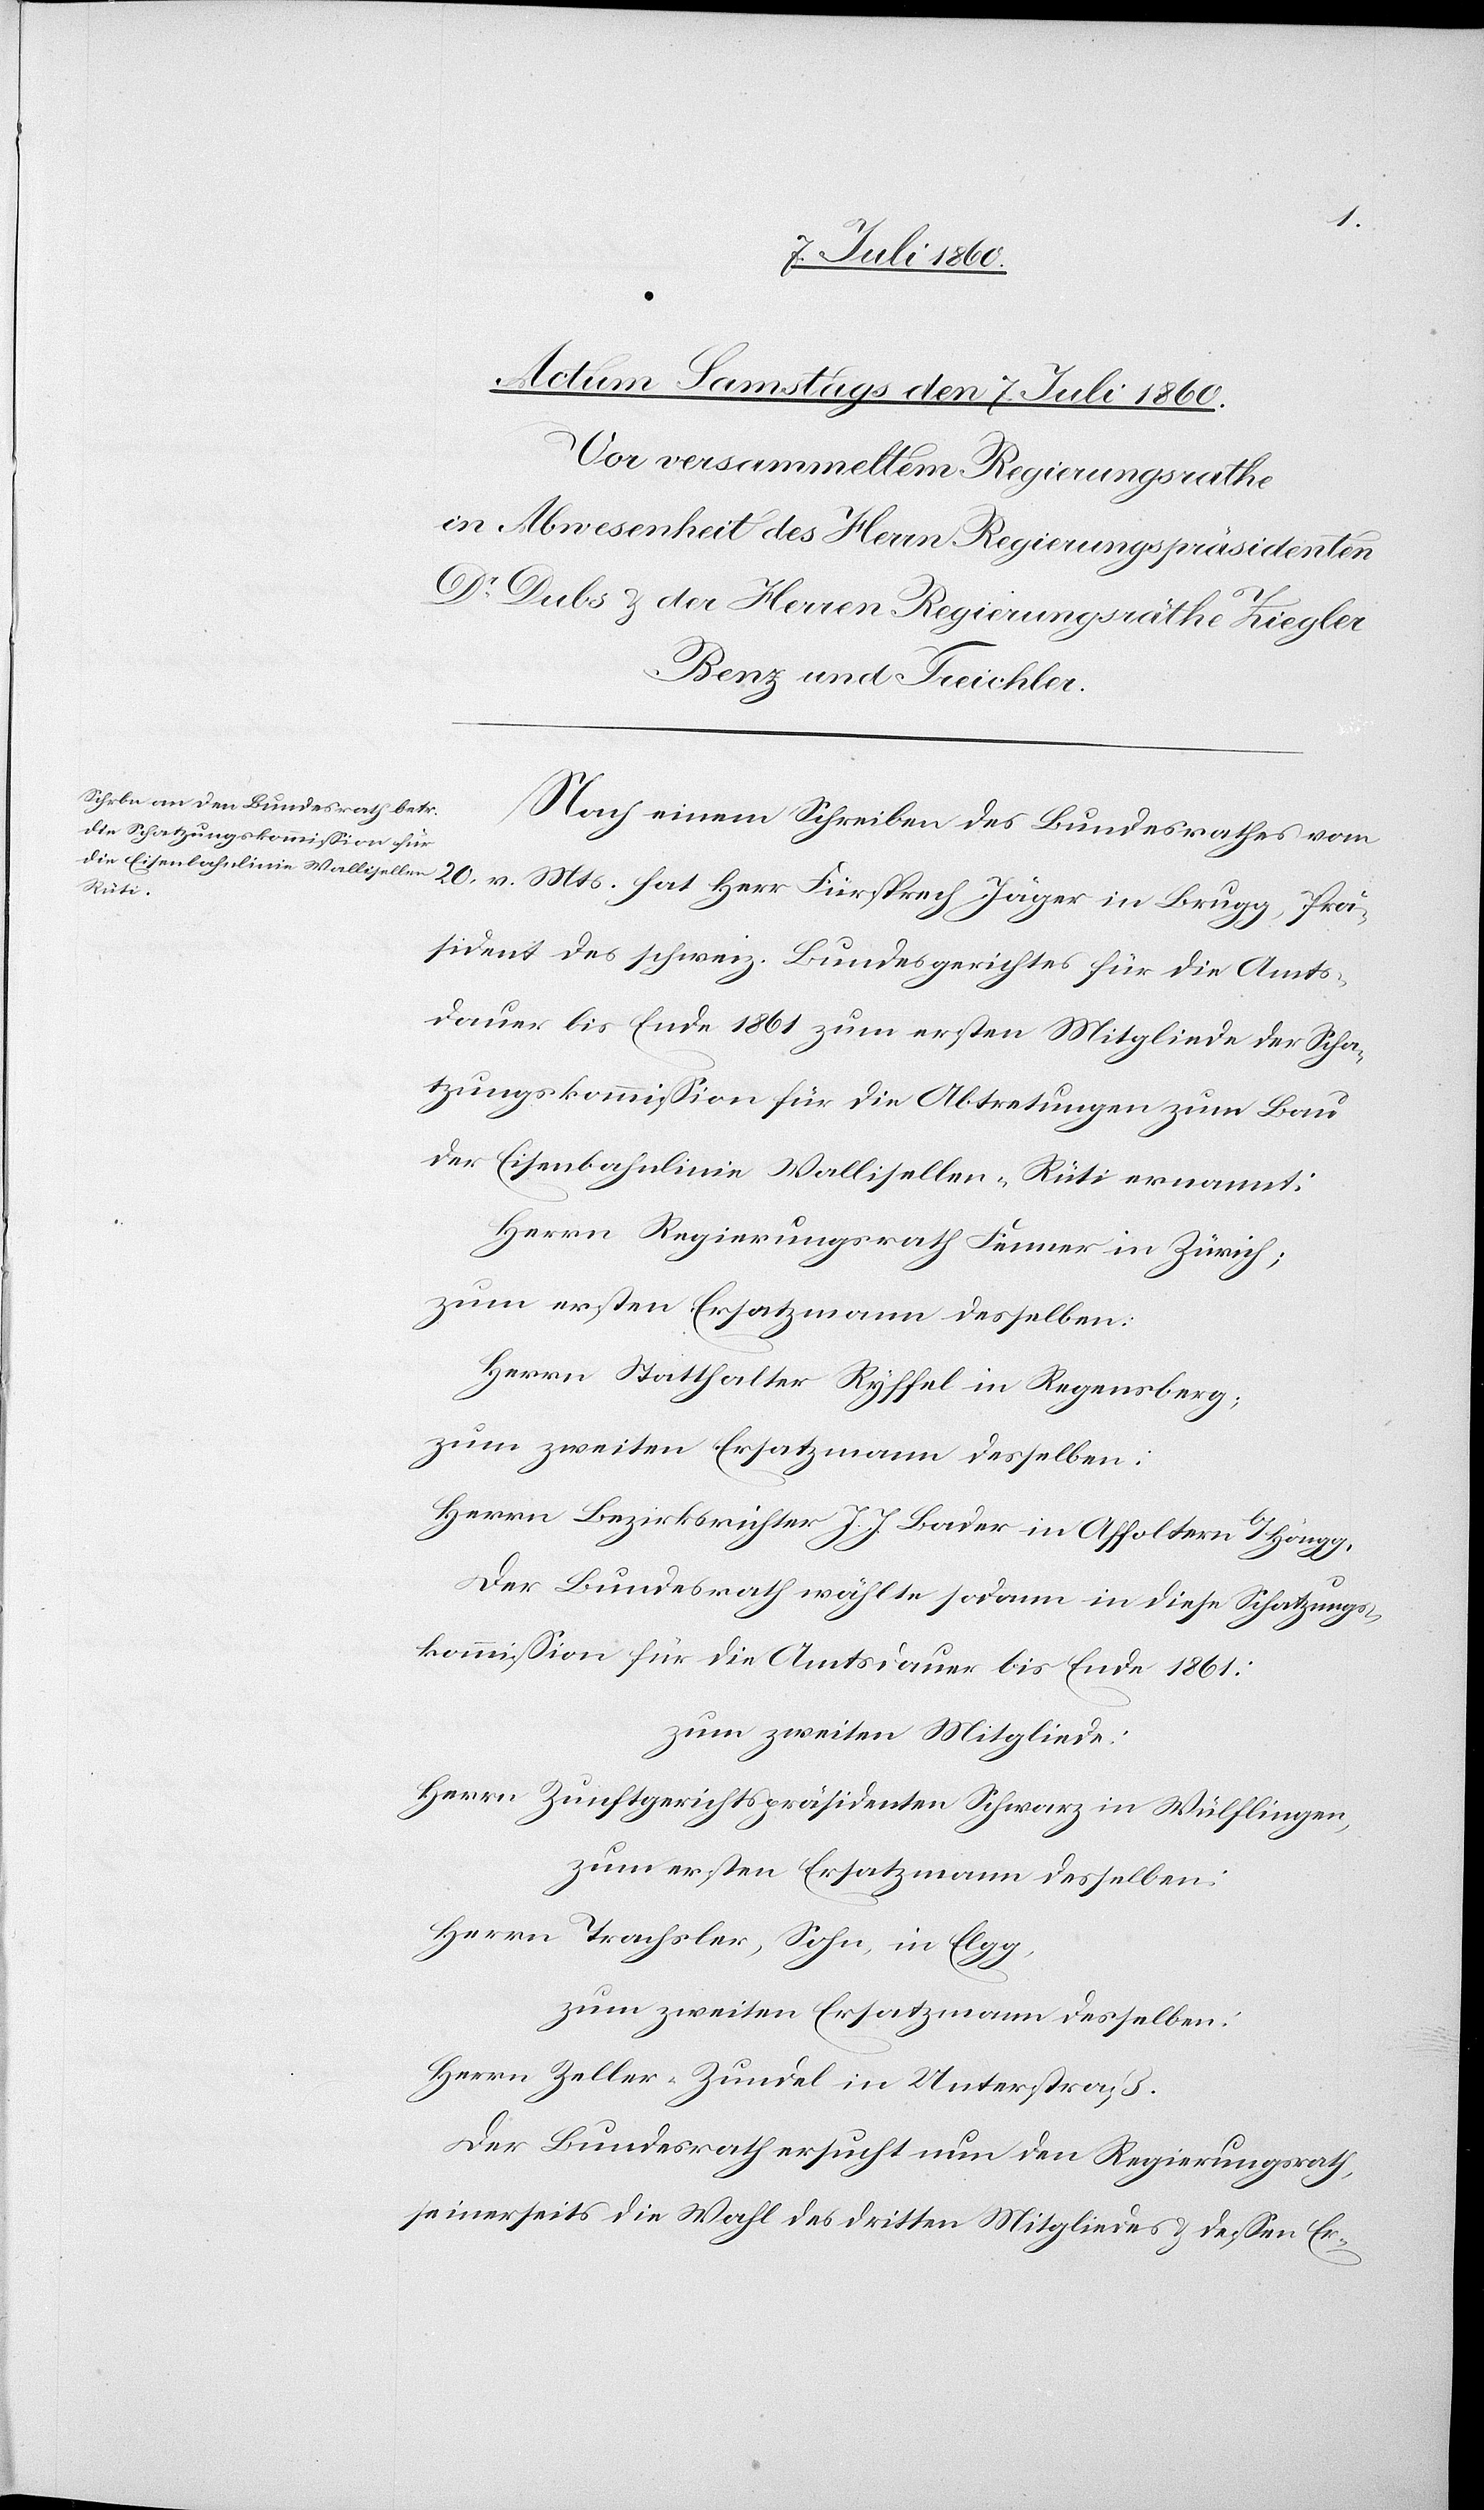
v.
Nach einem Schreiben des Bundesrathes vom
Prä¬
sident des schweiz. Bundesgerichtes für die Amts¬
dauer bis Ende 1861 zum ersten Mitgliede der Scha¬
tzungskommission für die Abtretungen zum Bau
der Eisenbahnlinie Wallisellen-Rüti ernannt:
Herrn Regierungsrath Fenner in Zürich;
zum ersten Ersatzmann desselben:
Herrn Statthalter Ryffel in Regensberg;
zum zweiten Ersatzmann desselben:
Herrn Bezirksrichter J. J. Bader in Affoltern b/Höngg.
20.
Der Bundesrath wählte sodann in diese Schatzungs¬
kommission für die Amtsdauer bis Ende 1861:
zum zweiten Mitgliede:
Herrn Zunftgerichtspräsidenten Schwarz in Wülflingen,
Herrn Trachsler, Sohn, in Elgg,
zum zweiten Ersatzmann desselben:
Herrn Zeller-Zundel in Unterstraß.
Der Bundesrath ersucht nun den Regierungsrath,
seinerseits die Wahl des dritten Mitgliedes u. dessen Er-